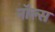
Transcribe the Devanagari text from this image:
नॉल्स